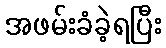
အဖမ်းခံခဲ့ရပြီး